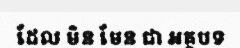
ដែល មិន មែន ជា អត្ថបទ